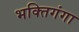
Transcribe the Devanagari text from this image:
भक्तिगंगा